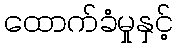
ထောက်ခံမှုနှင့်